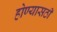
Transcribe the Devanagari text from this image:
होण्यासठी